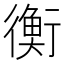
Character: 衡